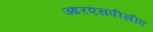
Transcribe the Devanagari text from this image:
आरएसपीसीए